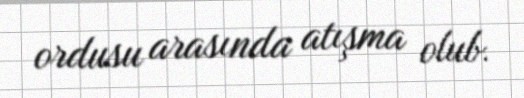
ordusu arasında atışma olub.